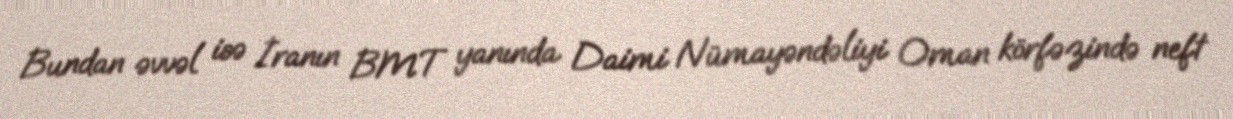
Bundan əvvəl isə İranın BMT yanında Daimi Nümayəndəliyi Oman körfəzində neft